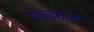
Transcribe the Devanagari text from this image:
लिखावटें